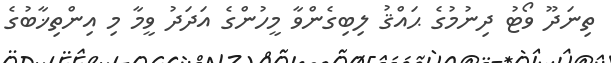
ތިނަދޫ ވޯޓު ދިނުމުގެ ޙައްޤު ލިބިގެންވާ މީހުންގެ އަދަދު ވީމާ މި އިންތިޚާބުގެ